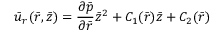
{ \bar { u } } _ { r } ( \bar { r } , \bar { z } ) = \frac { { \partial } \bar { p } } { { \partial } \bar { r } } \bar { { z } } ^ { 2 } + C _ { 1 } ( \bar { r } ) \bar { z } + C _ { 2 } ( \bar { r } )